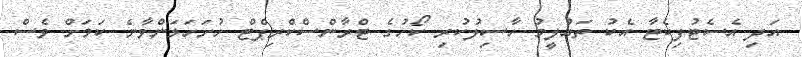
އަދި އެސެޓުފިކެޓާ އެކު ތަޢުލީމު ހާސިލުކުރި ކޯހުގެ ޓްރާންސްކްރިޕްޓް ހުށަހަޅަންވާނެ ކަމަށް ވެސް